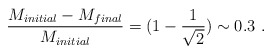
\begin{align*}{M_{initial}- M_{final}\over M_{initial}} = (1- {1\over \sqrt{2}} ) \sim0.3 \ .\end{align*}